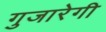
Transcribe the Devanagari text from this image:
गुजारेगी